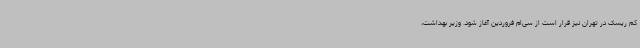
کم ریسک در تهران نیز قرار است از سی‌ام فروردین آغاز شود. وزیر بهداشت،